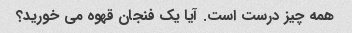
همه چیز درست است. آیا یک فنجان قهوه می خورید؟